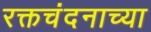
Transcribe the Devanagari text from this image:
रक्तचंदनाच्या